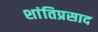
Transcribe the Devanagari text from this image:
शांतिप्रसाद